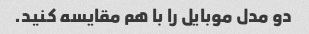
دو مدل موبایل را با هم مقایسه کنید.